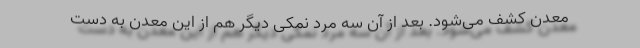
معدن کشف می‌شود. بعد از آن سه مرد نمکی دیگر هم از این معدن به دست